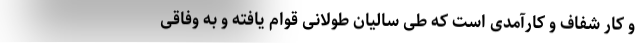
و کار شفاف و کارآمدی است که طی سالیان طولانی قوام یافته و به وفاقی